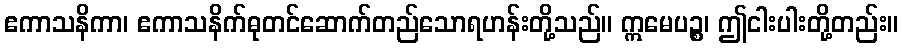
ဧကာသနိကာ၊ ဧကာသနိက်ဓုတင်ဆောက်တည်သောရဟန်းတို့သည်။ ဣမေပဉ္စ၊ ဤငါးပါးတို့တည်း။